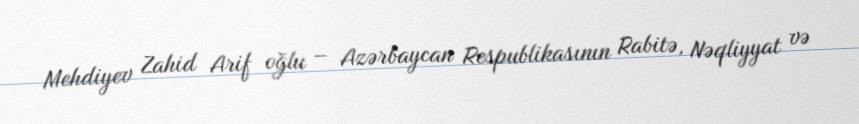
Mehdiyev Zahid Arif oğlu – Azərbaycan Respublikasının Rabitə, Nəqliyyat və